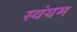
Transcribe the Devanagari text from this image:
स्‍वंयम